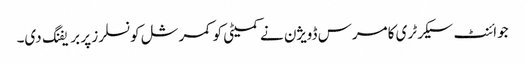
جوائنٹ سیکرٹری کامرس ڈویژن نے کمیٹی کو کمرشل کونسلرز پر بریفنگ دی۔